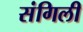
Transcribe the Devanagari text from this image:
संगिली